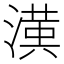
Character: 𭲑